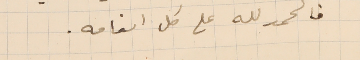
فالحمد لله على كل انعامه.